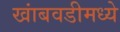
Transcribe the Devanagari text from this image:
खांबवडीमध्ये